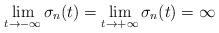
LaTeX: \begin{align*}\lim_{t \rightarrow -\infty} \sigma_n(t)=\lim_{t \rightarrow+ \infty} \sigma_n(t)=\infty\end{align*}